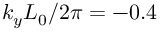
k _ { y } L _ { 0 } / 2 \pi = - 0 . 4